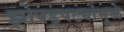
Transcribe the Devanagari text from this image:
झोपड्पट्यांमुळे